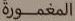
المغمورة